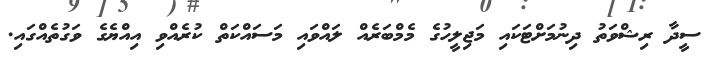
ސީދާ ރިޝްވަތު ދިނުމަށްޓަކައި މަޖިލީހުގެ މެމްބަރެއް ލައްވައި މަސައްކަތް ކުރެއްވި އިއްޔެގެ ވަގުތެއްގައި.